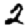
Digit: 2